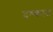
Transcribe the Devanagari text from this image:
दश्कात